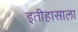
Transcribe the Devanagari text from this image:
इतीहासाला